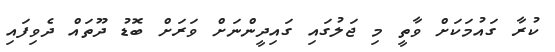
ކުރާ ގައުމަކަށް ވާތީ މި ޖަލުގައި ގައިދީންނަށް ވަރަށް ބޮޑު ދޫތައް ދެވިފައި